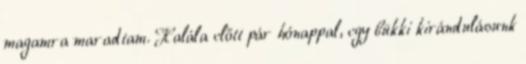
magamra maradtam. Halála előtt pár hónap­pal, egy bükki kirándulásunk